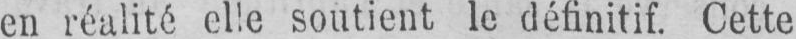
en réalité elle soutient le définitif. Cette